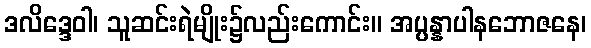
ဒလိဒ္ဒေဝါ၊ သူဆင်းရဲမျိုး၌လည်းကောင်း။ အပ္ပန္နာပါနဘောဇနေ၊